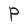
Character: P